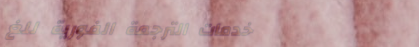
خدمات الترجمة الفورية للغ